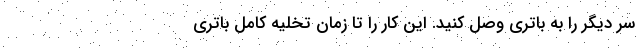
سر دیگر را به باتری وصل کنید. این کار را تا زمان تخلیه کامل باتری